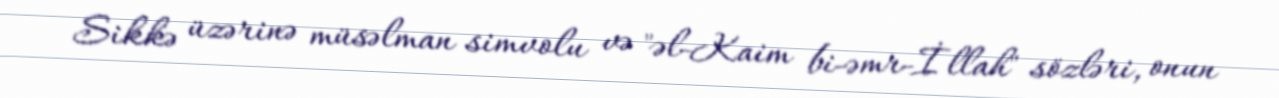
Sikkə üzərinə müsəlman simvolu və "əl-Kaim bi-əmr-İllah" sözləri, onun